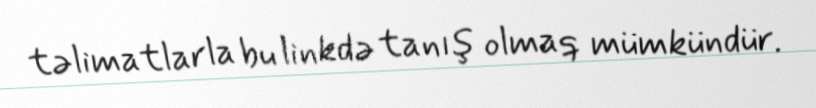
təlimatlarla bu linkdə tanış olmaq mümkündür.